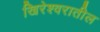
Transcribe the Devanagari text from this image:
खिरेश्वरातील